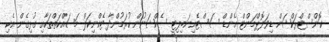
ކޮންސްޓްރަކްޝަން ޑިވަލޮޕްމަންޓް އެންޑް ސަސްޓެއިނަބިލިޓީ ސެކްޝަނުން ކުރަމުންދާ ޓެކްނިކަލް މަސައްކަތްތަކާއި ގުޅިގެން އެކި